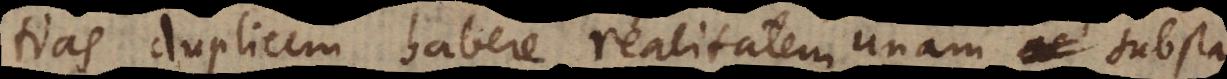
tias duplicem habere realitatem unam substa